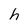
Character: h